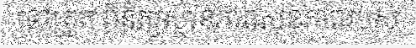
ទៅត្រួត ពិនិត្យស្ថានភាពសុខភាពរបស់